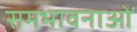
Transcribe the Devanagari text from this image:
समभावनाओं